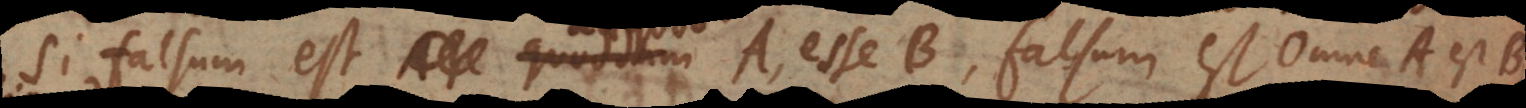
Si falsum est quoddam A esse B, falsum est omne A est B